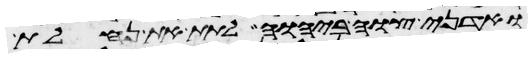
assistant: ואדני צוה ביהוה לתת את נחלת